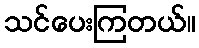
သင်ပေးကြတယ်။